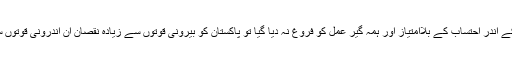
ایسے عَالم میں اگر ملک کے اندر احتساب کے بلاامتیاز اور ہمہ گیر عمل کو فروغ نہ دیا گیا تو پاکستان کو بیرونی قوتوں سے زیادہ نقصان ان اندرونی قوتوں سے پہنچنے کا اندیشہ ہے۔